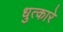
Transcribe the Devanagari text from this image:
धुत्कारे